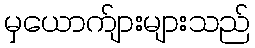
မှယောက်ျားများသည်